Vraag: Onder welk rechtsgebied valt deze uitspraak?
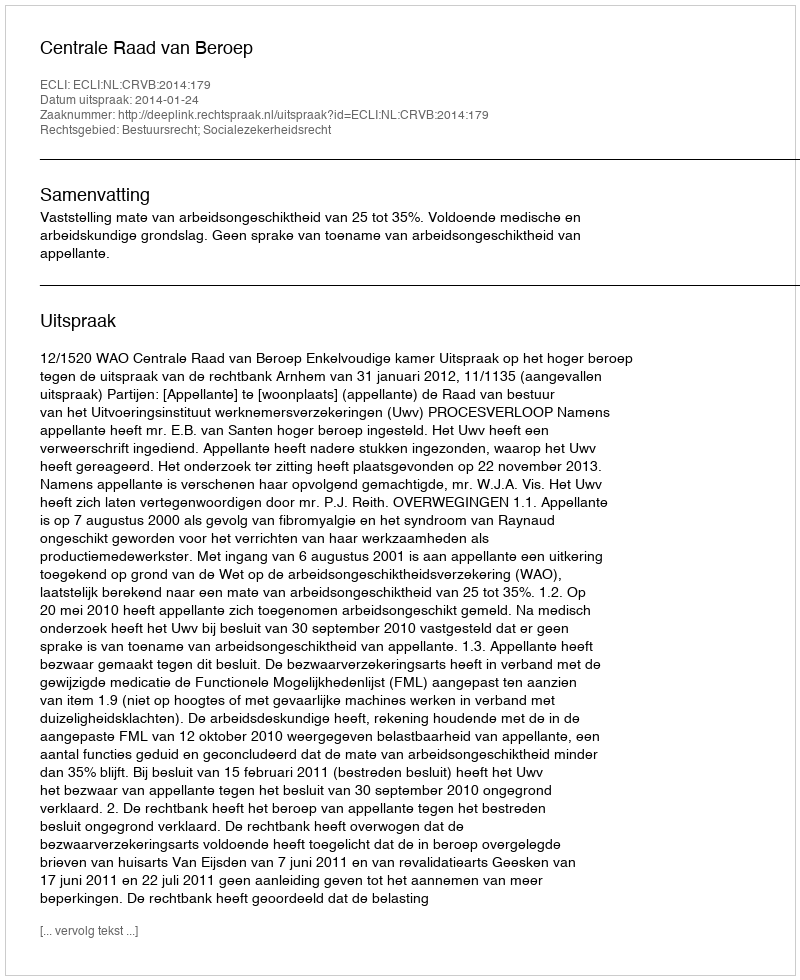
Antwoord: Bestuursrecht; Socialezekerheidsrecht